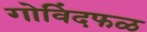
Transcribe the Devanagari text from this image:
गोविंदफळ